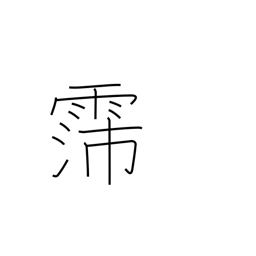
Meaning: long rainy spell